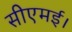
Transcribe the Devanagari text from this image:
सीएमई।